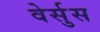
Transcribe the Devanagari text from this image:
वेर्सुस